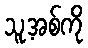
သူ့အစ်ကို